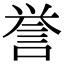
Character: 誉